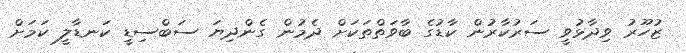
ޒުހޫރު ވިދާޅުވީ ސަރުކާރުން ކާޑުގެ ބާވަތްތަކަށް ދެމުން ގެންދިޔަ ސަބްސިޑީ ކަނޑާލީ ކަމަށް